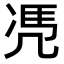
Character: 𠙖